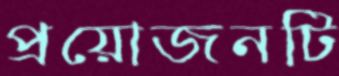
প্রয়োজনটি